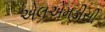
એલએમડીસી